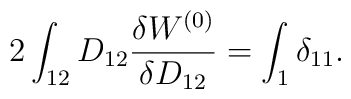
2\int_{12}D_{12}\frac{\delta W^{(0)}}{\delta D_{12}}=\int_1\delta_{11}.